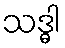
သဒ္ဓါ